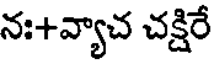
నః+వ్యాచ చక్షిరే